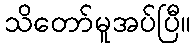
သိတော်မူအပ်ပြီ။